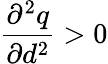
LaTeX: \frac{\partial^{2}q}{\partial d^{2}}>0